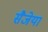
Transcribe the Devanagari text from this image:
सैजेया